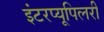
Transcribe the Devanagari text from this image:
इंटरप्यूपिलरी